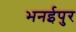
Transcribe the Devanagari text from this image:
भनईपुर